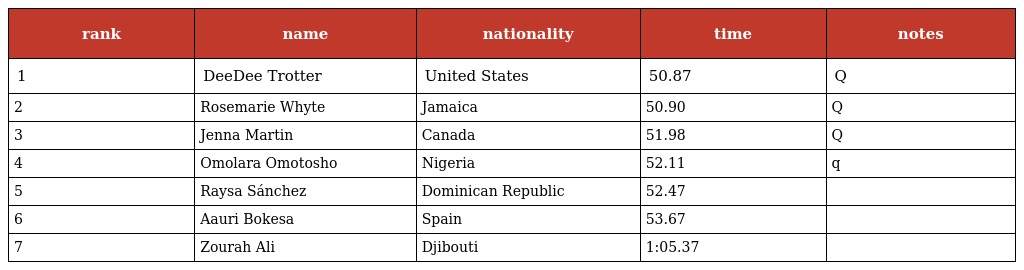
| rank | name | nationality | time | notes |
 | --- | --- | --- | --- | --- |
 | 1 | DeeDee Trotter | United States | 50.87 | Q |
 | 2 | Rosemarie Whyte | Jamaica | 50.90 | Q |
 | 3 | Jenna Martin | Canada | 51.98 | Q |
 | 4 | Omolara Omotosho | Nigeria | 52.11 | q |
 | 5 | Raysa Sánchez | Dominican Republic | 52.47 |  |
 | 6 | Aauri Bokesa | Spain | 53.67 |  |
 | 7 | Zourah Ali | Djibouti | 1:05.37 |  |